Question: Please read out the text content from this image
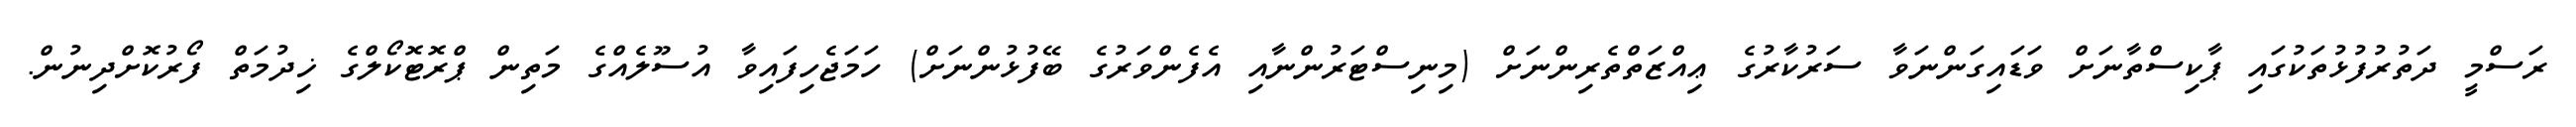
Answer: ރަސްމީ ދަތުރުފުޅުތަކުގައި ޕާކިސްތާނަށް ވަޑައިގަންނަވާ ސަރުކާރުގެ ޢިއްޒަތްތެރިންނަށް (މިނިސްޓަރުންނާއި އެފެންވަރުގެ ބޭފުޅުންނަށް) ހަމަޖެހިފައިވާ އުސޫލެއްގެ މަތިން ޕްރޮޓޮކޯލްގެ ޚިދުމަތް ފޯރުކޮށްދިނުން.